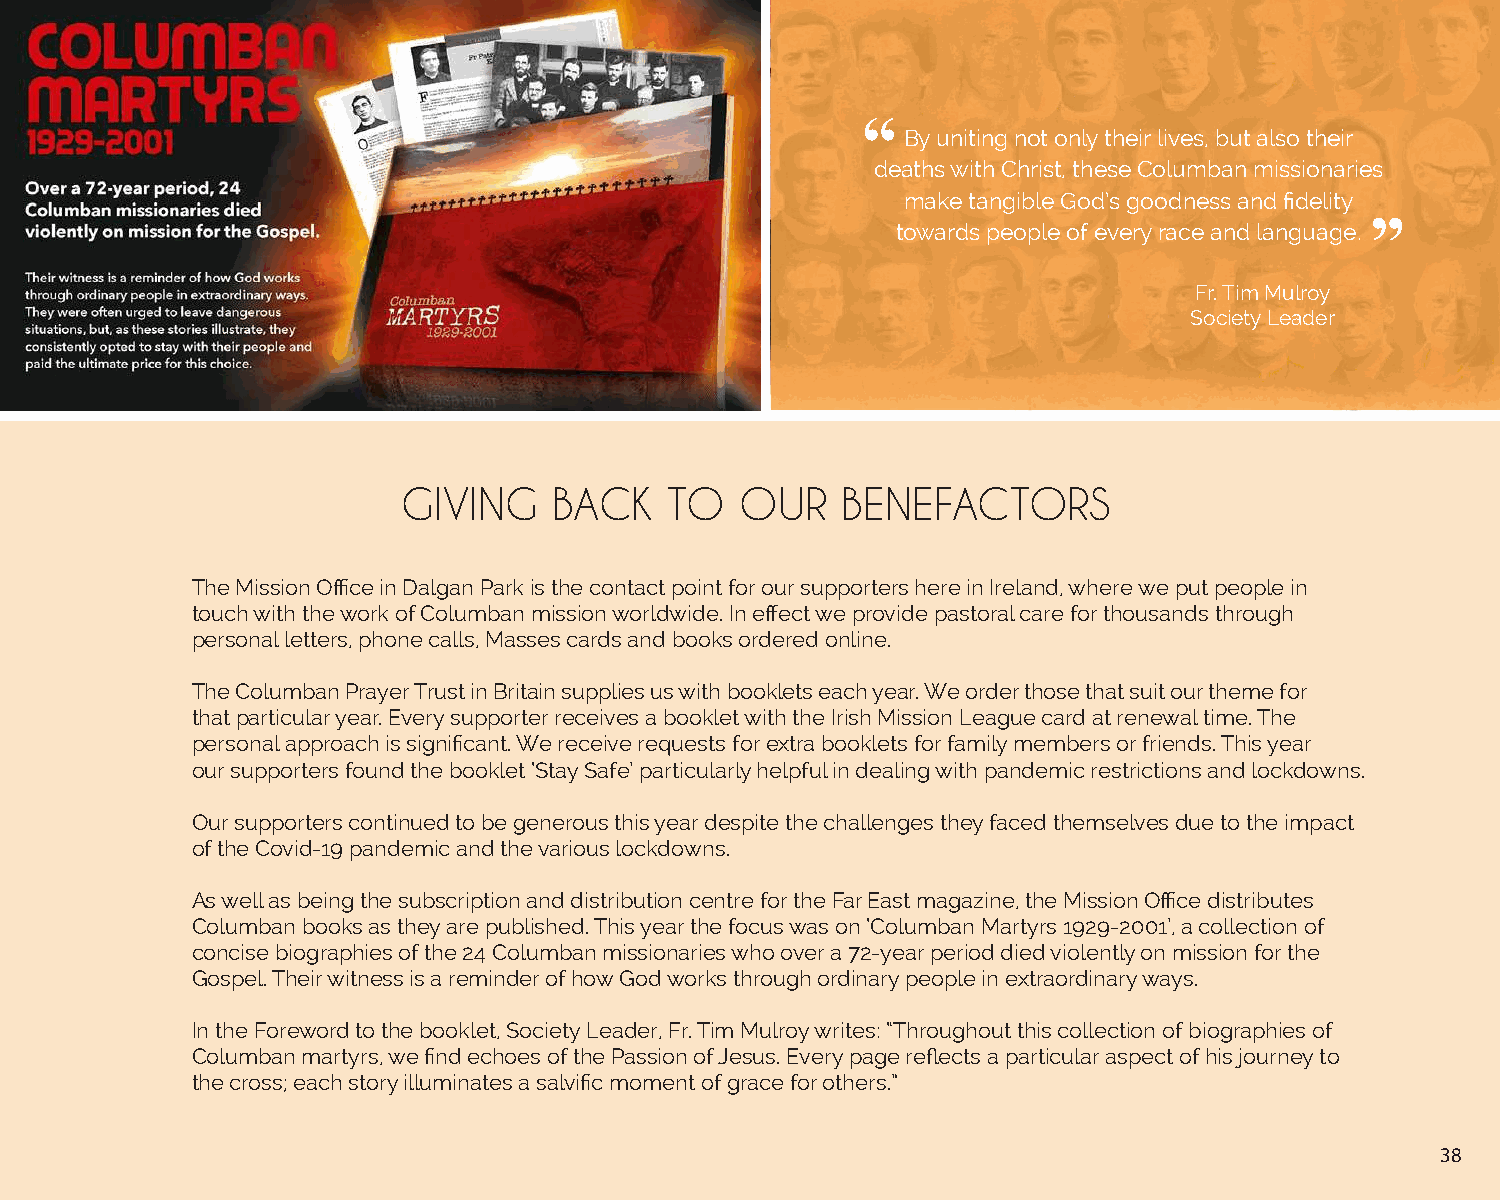
By uniting not only their lives, but also their
 deaths with Christ, these Columban missionaries
 make tangible God’s goodness and fidelity
 towards people of every race and language.
 Fr. Tim Mulroy
 Society Leader
 GIVING    BACK   TO   OUR    BENEFACTORS
 The Mission Office in Dalgan Park is the contact point for our supporters here in Ireland, where we put people in
 touch with the work of Columban mission worldwide. In effect we provide pastoral care for thousands through
 personal letters, phone calls, Masses cards and books ordered online.
 The Columban Prayer Trust in Britain supplies us with booklets each year. We order those that suit our theme for
 that particular year. Every supporter receives a booklet with the Irish Mission League card at renewal time. The
 personal approach is significant. We receive requests for extra booklets for family members or friends. This year
 our supporters found the booklet ‘Stay Safe’ particularly helpful in dealing with pandemic restrictions and lockdowns.
 Our supporters continued to be generous this year despite the challenges they faced themselves due to the impact
 of the Covid-19 pandemic and the various lockdowns.
 As well as being the subscription and distribution centre for the Far East magazine, the Mission Office distributes
 Columban books as they are published. This year the focus was on ‘Columban Martyrs 1929-2001’, a collection of
 concise biographies of the 24 Columban missionaries who over a 72-year period died violently on mission for the
 Gospel. Their witness is a reminder of how God works through ordinary people in extraordinary ways.
 In the Foreword to the booklet, Society Leader, Fr. Tim Mulroy writes: “Throughout this collection of biographies of
 Columban martyrs, we find echoes of the Passion of Jesus. Every page reflects a particular aspect of his journey to
 the cross; each story illuminates a salvific moment of grace for others.”
 38